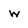
Character: w